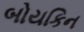
બોયકિન